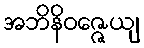
အဘိနိဝဇ္ဇေယျ